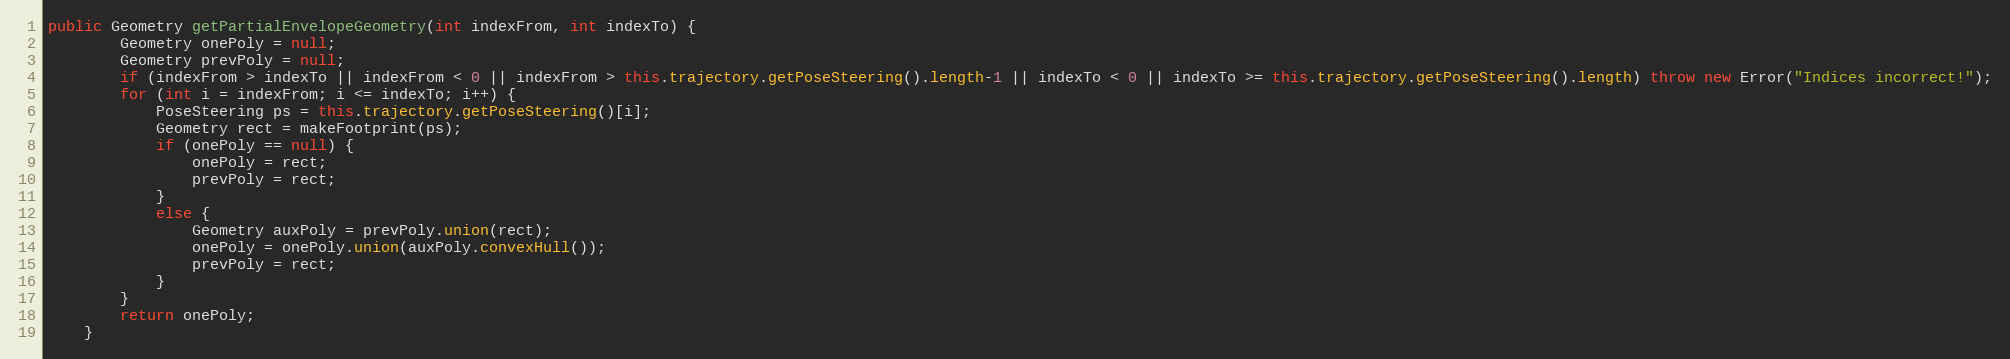
Language: Java
public Geometry getPartialEnvelopeGeometry(int indexFrom, int indexTo) {
		Geometry onePoly = null;
		Geometry prevPoly = null;
		if (indexFrom > indexTo || indexFrom < 0 || indexFrom > this.trajectory.getPoseSteering().length-1 || indexTo < 0 || indexTo >= this.trajectory.getPoseSteering().length) throw new Error("Indices incorrect!");
		for (int i = indexFrom; i <= indexTo; i++) {
			PoseSteering ps = this.trajectory.getPoseSteering()[i];
			Geometry rect = makeFootprint(ps);
			if (onePoly == null) {
				onePoly = rect;
				prevPoly = rect;
			}
			else {
				Geometry auxPoly = prevPoly.union(rect);
				onePoly = onePoly.union(auxPoly.convexHull());
				prevPoly = rect;
			}
		}
		return onePoly;
	}